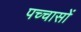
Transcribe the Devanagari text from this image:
पच्चासों